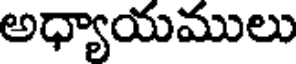
అధ్యాయములు